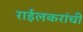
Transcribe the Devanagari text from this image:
राईलकरांची